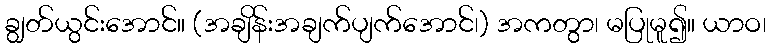
ချွတ်ယွင်းအောင်။ (အချိန်းအချက်ပျက်အောင်၊) အကတွာ၊ မပြုမူ၍။ ယာဝ၊